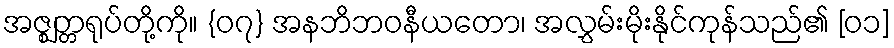
အဇ္ဈတ္တရုပ်တို့ကို။ {၀၇} အနဘိဘဝနီယတော၊ အလွှမ်းမိုးနိုင်ကုန်သည်၏ [၀၁]